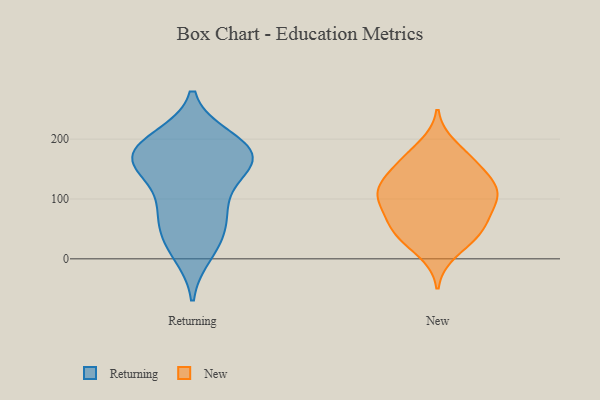
{"axis": {"x": "Bounce Rate (%)", "y": "Value"}, "legend": ["New", "Returning"], "data": [{"x": "", "y": 10, "type": "Returning"}, {"x": "", "y": 154, "type": "Returning"}, {"x": "", "y": 174, "type": "Returning"}, {"x": "", "y": 200, "type": "Returning"}, {"x": "", "y": 74, "type": "Returning"}, {"x": "", "y": 195, "type": "Returning"}, {"x": "", "y": 86, "type": "Returning"}, {"x": "", "y": 42, "type": "Returning"}, {"x": "", "y": 27, "type": "Returning"}, {"x": "", "y": 188, "type": "Returning"}, {"x": "", "y": 90, "type": "Returning"}, {"x": "", "y": 163, "type": "Returning"}, {"x": "", "y": 154, "type": "Returning"}, {"x": "", "y": 161, "type": "Returning"}, {"x": "", "y": 168, "type": "Returning"}, {"x": "", "y": 111, "type": "New"}, {"x": "", "y": 10, "type": "New"}, {"x": "", "y": 91, "type": "New"}, {"x": "", "y": 39, "type": "New"}, {"x": "", "y": 40, "type": "New"}, {"x": "", "y": 45, "type": "New"}, {"x": "", "y": 130, "type": "New"}, {"x": "", "y": 116, "type": "New"}, {"x": "", "y": 104, "type": "New"}, {"x": "", "y": 164, "type": "New"}, {"x": "", "y": 189, "type": "New"}, {"x": "", "y": 52, "type": "New"}, {"x": "", "y": 157, "type": "New"}, {"x": "", "y": 120, "type": "New"}, {"x": "", "y": 114, "type": "New"}, {"x": "", "y": 71, "type": "New"}, {"x": "", "y": 161, "type": "New"}, {"x": "", "y": 80, "type": "New"}]}